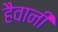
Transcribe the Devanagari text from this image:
हैवानी